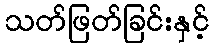
သတ်ဖြတ်ခြင်းနှင့်